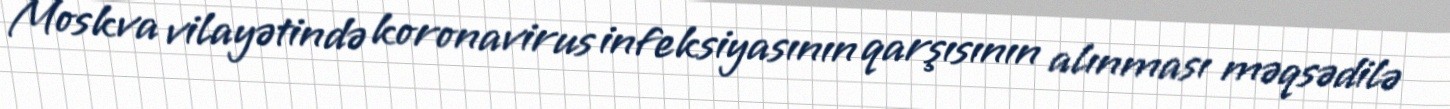
Moskva vilayətində koronavirus infeksiyasının qarşısının alınması məqsədilə